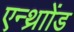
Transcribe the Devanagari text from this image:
एन्थ्राोंड